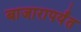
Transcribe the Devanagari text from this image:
बाजारापर्यंत